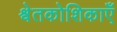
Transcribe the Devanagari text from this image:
श्वेतकोशिकाएँ